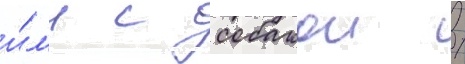
и́л'и с собакои /